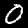
Label: 0